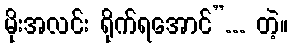
မိုးအလင်း ရိုက်ရအောင်”... တဲ့။